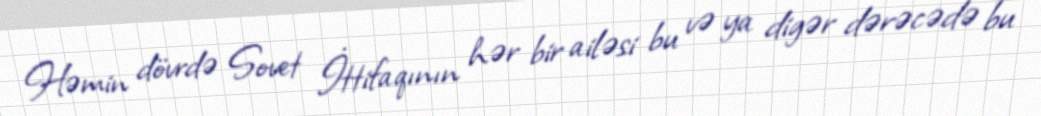
Həmin dövrdə Sovet İttifaqının hər bir ailəsi bu və ya digər dərəcədə bu